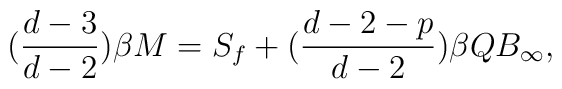
(\frac{d-3}{d-2}) \beta M = S_{f} + (\frac{d-2-p}{d-2}) \beta QB_{\infty},